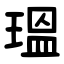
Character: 瑥